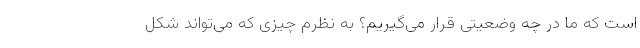
است که ما در چه وضعیتی قرار می‌گیریم؟ به نظرم چیزی که می‌تواند شکل